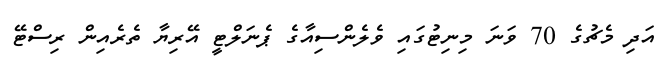
އަދި މެޗުގެ 70 ވަނަ މިނިޓުގައި ވެލެންސިއާގެ ޕެނަލްޓީ އޭރިޔާ ތެރެއިން ރިސްޓޭ